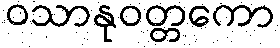
ဝသာနုဝတ္တကော